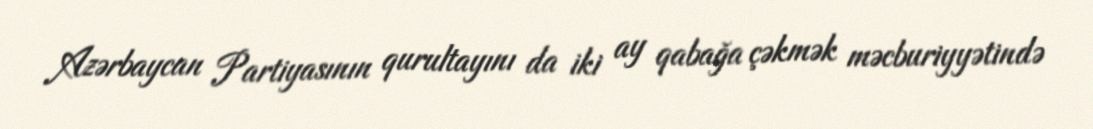
Azərbaycan Partiyasının qurultayını da iki ay qabağa çəkmək məcburiyyətində